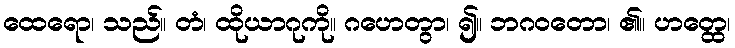
ထေရော၊ သည်။ တံ၊ ထိုယာဂုကို။ ဂဟေတွာ၊ ၍။ ဘဂဝတော၊ ၏။ ဟတ္ထေ၊